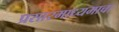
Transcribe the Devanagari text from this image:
प्रसारमाध्यमाचा